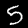
Digit: 5